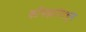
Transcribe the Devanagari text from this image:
कोंबड्यांपासून